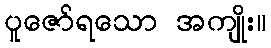
ပူဇော်ရသော အကျိုး။